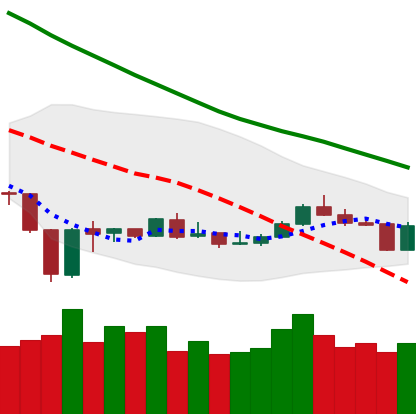
Ticker: BNB-USD
Chart end date: 2020-01-03
Forward return: 6.899%
Label: up_5_7